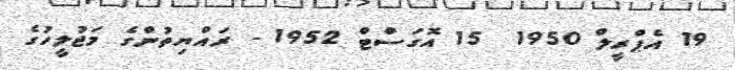
19 އެޕްރީލް 1950  15 އޮގަސްޓް 1952 - ރައްޔިތުންގެ މަޖުލީހުގެ